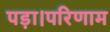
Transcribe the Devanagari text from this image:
पड़ा।परिणाम